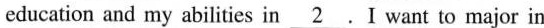
education and my abilities in \underline{2}.